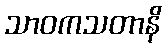
သာဝကသတာနိ